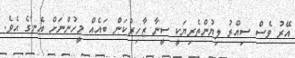
އޭރު ވެސް ސިއްރު ލިޔުންތެރިޔަކީ ސީނާ ޒާހިރުކަން ބައެއް މީހުންނަށް އެނގެ އެވެ.